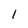
Character: 1